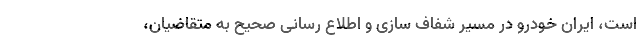
است، ایران خودرو در مسیر شفاف سازی و اطلاع رسانی صحیح به متقاضیان،